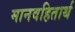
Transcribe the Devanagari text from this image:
मानवहितार्थ